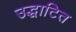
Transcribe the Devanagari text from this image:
उद्धाटित